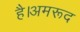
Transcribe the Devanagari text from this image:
है।अमरूद